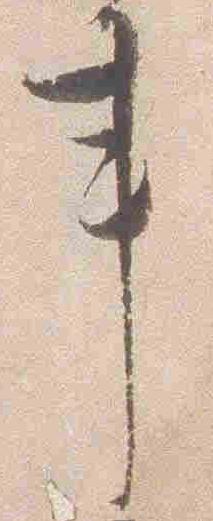
事